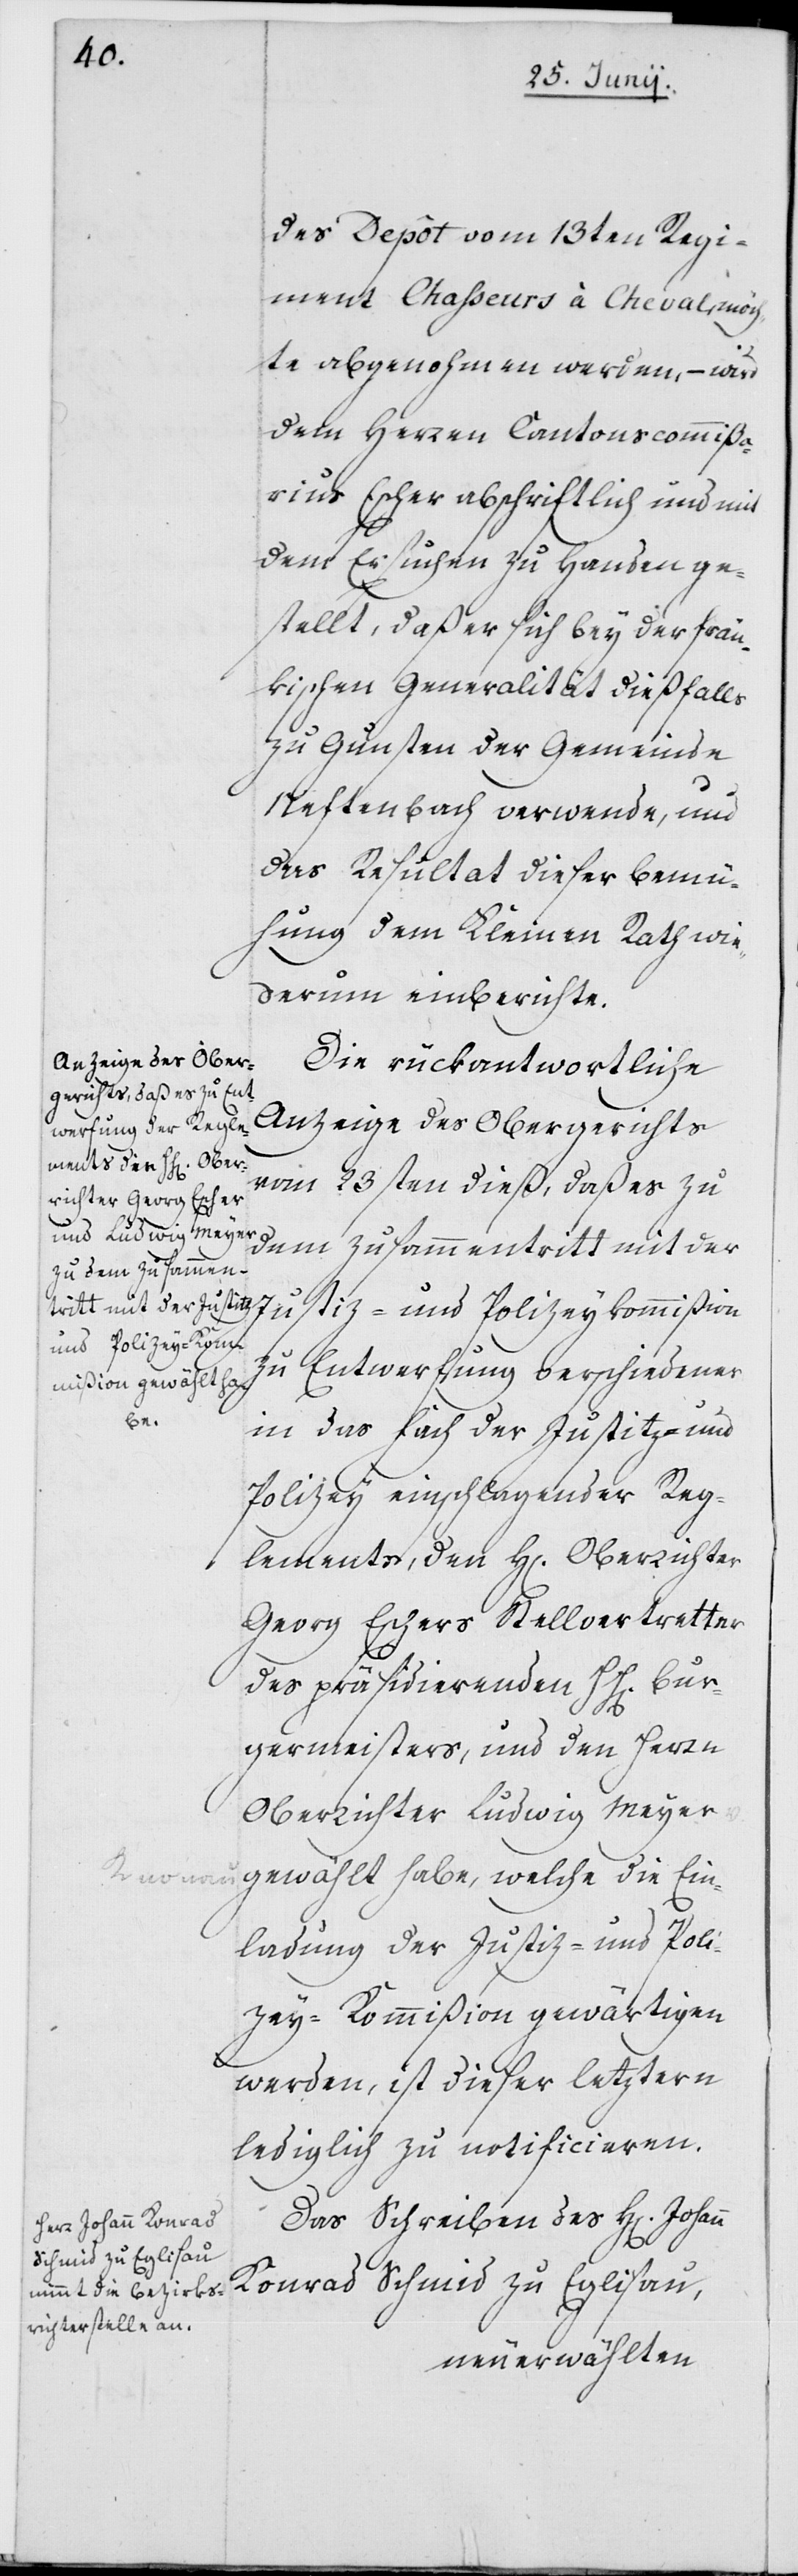
des Depôt vom 13ten Regi¬
ment Chasseurs à Cheval, möch¬
te abgenohmen werden, – wird
dem Herren Cantonscommißa¬
rius Escher abschriftlich und mit
dem Ersuchen zu Handen ge¬
stellt, daß er sich bey der frän¬
kischen Generalität dießfalls
zu Gunsten der Gemeinde
Neftenbach verwende, und
das Resultat dieser Bemü¬
hung dem Kleinen Rath wie¬
derum einberichte.
Die rückantwortliche
Anzeige des Obergerichts
vom 23sten dieß, daß es zu
dem Zusammentritt mit der
Justiz- und Polizeykommißion
zu Entwerfung verschiedener
in das Fach der Justitz und
Polizey einschlagender Reg¬
lements, den H[errn] Oberrichter
Georg Eschers Stellvertretter
des präsidirenden HH[errn] Bur¬
germeisters, und den Herrn
Oberrichter Ludwig Meyer
gewählt habe, welche die Ein¬
ladung der Justiz- und Poli¬
zey-Kommißion gewärtigen
werden, ist dieser letztern
lediglich zu notificiren.
Das Schreiben des H[er¬
rn] Johann Konrad
Schmid zu Eglisau,
neuerwählten